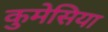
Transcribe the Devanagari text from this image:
कुमेसिया